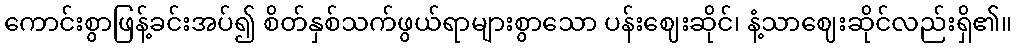
ကောင်းစွာဖြန့်ခင်းအပ်၍ စိတ်နှစ်သက်ဖွယ်ရာများစွာသော ပန်းဈေးဆိုင်၊ နံ့သာဈေးဆိုင်လည်းရှိ၏။